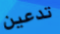
تدعين